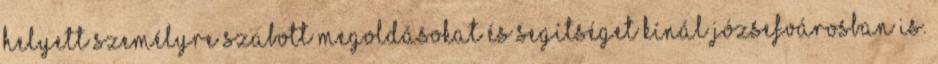
helyett személyre szabott megoldásokat és segítséget kínál Józsefvárosban is.